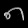
Digit: ၈